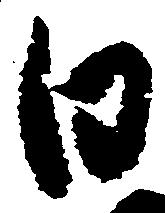
日